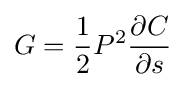
G={\frac {1}{2}}P^{2}{\frac {\partial C}{\partial s}}